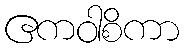
ဧကဝါစိကာ